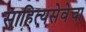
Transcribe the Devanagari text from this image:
साहित्यसेवेचा